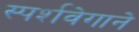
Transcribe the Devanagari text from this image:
स्पर्शवेगाने